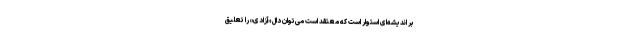
بر اندیشه‌ای استوار است که معتقد است می‌توان دال «آزادی» را تعلیق